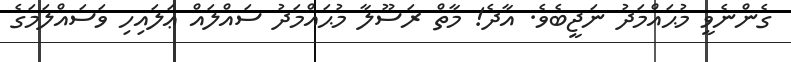
ގެންނެވީ މުޙައްމަދު ނަޖީބެވެ. އާދެ! މާތް ރަސޫލާ މުޙައްމަދު ސައްލައް ޢަލައިހި ވަސައްލަމަގެ